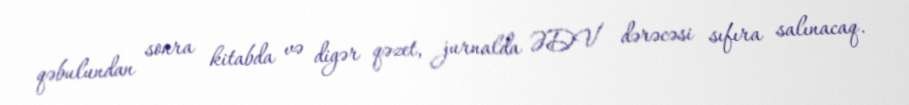
qəbulundan sonra kitabda və digər qəzet, jurnalda ƏDV dərəcəsi sıfıra salınacaq.